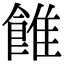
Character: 𩜑